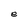
Character: e